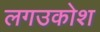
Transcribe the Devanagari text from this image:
लगउकोश